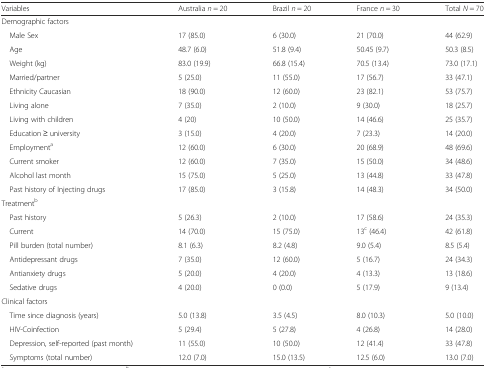
<table><thead><tr><td><b>Variables</b></td><td><b>Australia <i>n</i> = 20</b></td><td><b>Brazil <i>n</i> = 20</b></td><td><b>France <i>n</i> = 30</b></td><td><b>Total <i>N</i> = 70</b></td></tr></thead><tbody><tr><td colspan="5">Demographic factors</td></tr><tr><td> Male Sex</td><td>17 (85.0)</td><td>6 (30.0)</td><td>21 (70.0)</td><td>44 (62.9)</td></tr><tr><td> Age</td><td>48.7 (6.0)</td><td>51.8 (9.4)</td><td>50.45 (9.7)</td><td>50.3 (8.5)</td></tr><tr><td> Weight (kg)</td><td>83.0 (19.9)</td><td>66.8 (15.4)</td><td>70.5 (13.4)</td><td>73.0 (17.1)</td></tr><tr><td> Married/partner</td><td>5 (25.0)</td><td>11 (55.0)</td><td>17 (56.7)</td><td>33 (47.1)</td></tr><tr><td> Ethnicity Caucasian</td><td>18 (90.0)</td><td>12 (60.0)</td><td>23 (82.1)</td><td>53 (75.7)</td></tr><tr><td> Living alone</td><td>7 (35.0)</td><td>2 (10.0)</td><td>9 (30.0)</td><td>18 (25.7)</td></tr><tr><td> Living with children</td><td>4 (20)</td><td>10 (50.0)</td><td>14 (46.6)</td><td>25 (35.7)</td></tr><tr><td> Education ≥ university</td><td>3 (15.0)</td><td>4 (20.0)</td><td>7 (23.3)</td><td>14 (20.0)</td></tr><tr><td> Employment<sup>a</sup></td><td>12 (60.0)</td><td>6 (30.0)</td><td>20 (68.9)</td><td>48 (69.6)</td></tr><tr><td> Current smoker</td><td>12 (60.0)</td><td>7 (35.0)</td><td>15 (50.0)</td><td>34 (48.6)</td></tr><tr><td> Alcohol last month</td><td>15 (75.0)</td><td>5 (25.0)</td><td>13 (44.8)</td><td>33 (47.8)</td></tr><tr><td> Past history of Injecting drugs</td><td>17 (85.0)</td><td>3 (15.8)</td><td>14 (48.3)</td><td>34 (50.0)</td></tr><tr><td colspan="5">Treatment<sup>b</sup></td></tr><tr><td> Past history</td><td>5 (26.3)</td><td>2 (10.0)</td><td>17 (58.6)</td><td>24 (35.3)</td></tr><tr><td> Current</td><td>14 (70.0)</td><td>15 (75.0)</td><td>13<sup>c</sup> (46.4)</td><td>42 (61.8)</td></tr><tr><td> Pill burden (total number)</td><td>8.1 (6.3)</td><td>8.2 (4.8)</td><td>9.0 (5.4)</td><td>8.5 (5.4)</td></tr><tr><td> Antidepressant drugs</td><td>7 (35.0)</td><td>12 (60.0)</td><td>5 (16.7)</td><td>24 (34.3)</td></tr><tr><td> Antianxiety drugs</td><td>5 (20.0)</td><td>4 (20.0)</td><td>4 (13.3)</td><td>13 (18.6)</td></tr><tr><td> Sedative drugs</td><td>4 (20.0)</td><td>0 (0.0)</td><td>5 (17.9)</td><td>9 (13.4)</td></tr><tr><td colspan="5">Clinical factors</td></tr><tr><td> Time since diagnosis (years)</td><td>5.0 (13.8)</td><td>3.5 (4.5)</td><td>8.0 (10.3)</td><td>5.0 (10.0)</td></tr><tr><td> HIV-Coinfection</td><td>5 (29.4)</td><td>5 (27.8)</td><td>4 (26.8)</td><td>14 (28.0)</td></tr><tr><td> Depression, self-reported (past month)</td><td>11 (55.0)</td><td>10 (50.0)</td><td>12 (41.4)</td><td>33 (47.8)</td></tr><tr><td> Symptoms (total number)</td><td>12.0 (7.0)</td><td>15.0 (13.5)</td><td>12.5 (6.0)</td><td>13.0 (7.0)</td></tr></tbody></table>